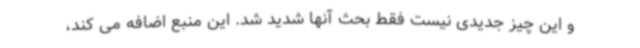
و این چیز جدیدی نیست فقط بحث آنها شدید شد. این منبع اضافه می کند،